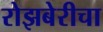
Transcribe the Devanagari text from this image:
रोझबेरीचा